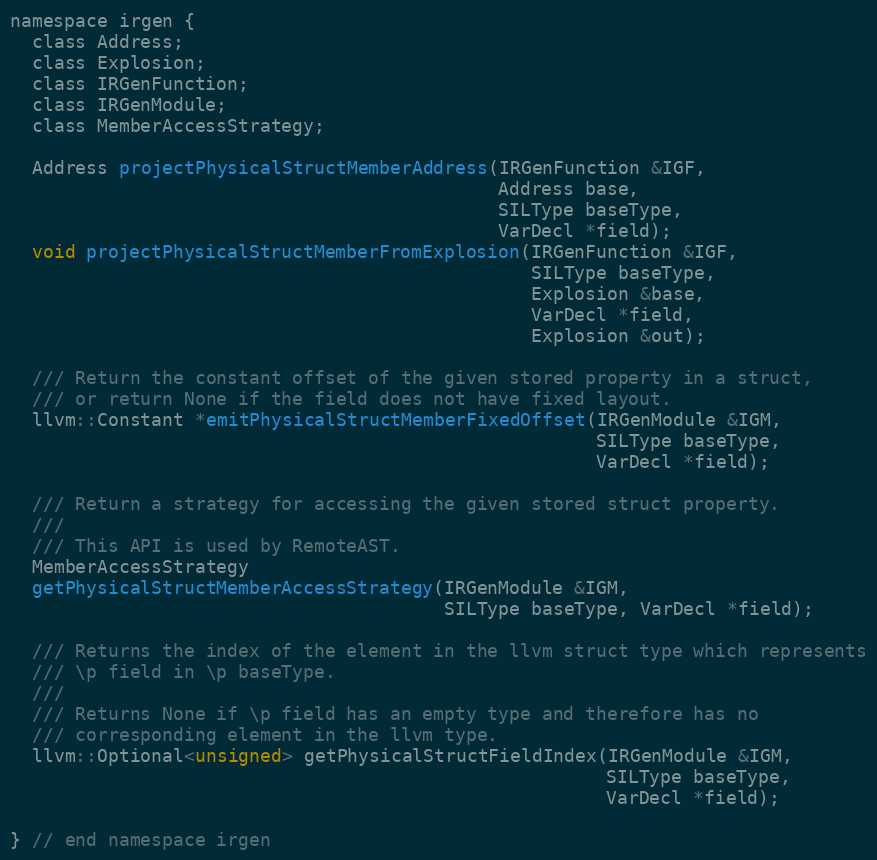
Language: C
namespace irgen {
  class Address;
  class Explosion;
  class IRGenFunction;
  class IRGenModule;
  class MemberAccessStrategy;

  Address projectPhysicalStructMemberAddress(IRGenFunction &IGF,
                                             Address base,
                                             SILType baseType,
                                             VarDecl *field);
  void projectPhysicalStructMemberFromExplosion(IRGenFunction &IGF,
                                                SILType baseType,
                                                Explosion &base,
                                                VarDecl *field,
                                                Explosion &out);

  /// Return the constant offset of the given stored property in a struct,
  /// or return None if the field does not have fixed layout.
  llvm::Constant *emitPhysicalStructMemberFixedOffset(IRGenModule &IGM,
                                                      SILType baseType,
                                                      VarDecl *field);

  /// Return a strategy for accessing the given stored struct property.
  ///
  /// This API is used by RemoteAST.
  MemberAccessStrategy
  getPhysicalStructMemberAccessStrategy(IRGenModule &IGM,
                                        SILType baseType, VarDecl *field);

  /// Returns the index of the element in the llvm struct type which represents
  /// \p field in \p baseType.
  ///
  /// Returns None if \p field has an empty type and therefore has no
  /// corresponding element in the llvm type.
  llvm::Optional<unsigned> getPhysicalStructFieldIndex(IRGenModule &IGM,
                                                       SILType baseType,
                                                       VarDecl *field);

} // end namespace irgen